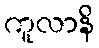
ကူလာနိ